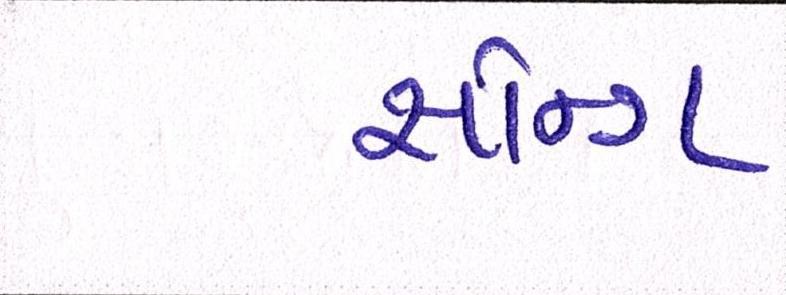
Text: સૉન્ગ